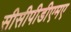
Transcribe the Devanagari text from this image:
सीसीपीडीएमए